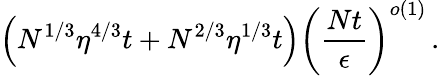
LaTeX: \left(N^{1/3}\eta^{4/3}t+N^{2/3}\eta^{1/3}t\right)\left(\frac{Nt}{\epsilon}\right)^{o\left(1\right)}\, .